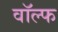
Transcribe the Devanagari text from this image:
वॉल्फ